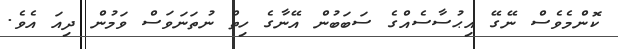
ކޮންމެވެސް ނޭގޭ އިޙުސާސެއްގެ ސަބަބުން އޭނާގެ ހިތް ނުތަނަވަސް ވަމުން ދިއަ އެވެ.